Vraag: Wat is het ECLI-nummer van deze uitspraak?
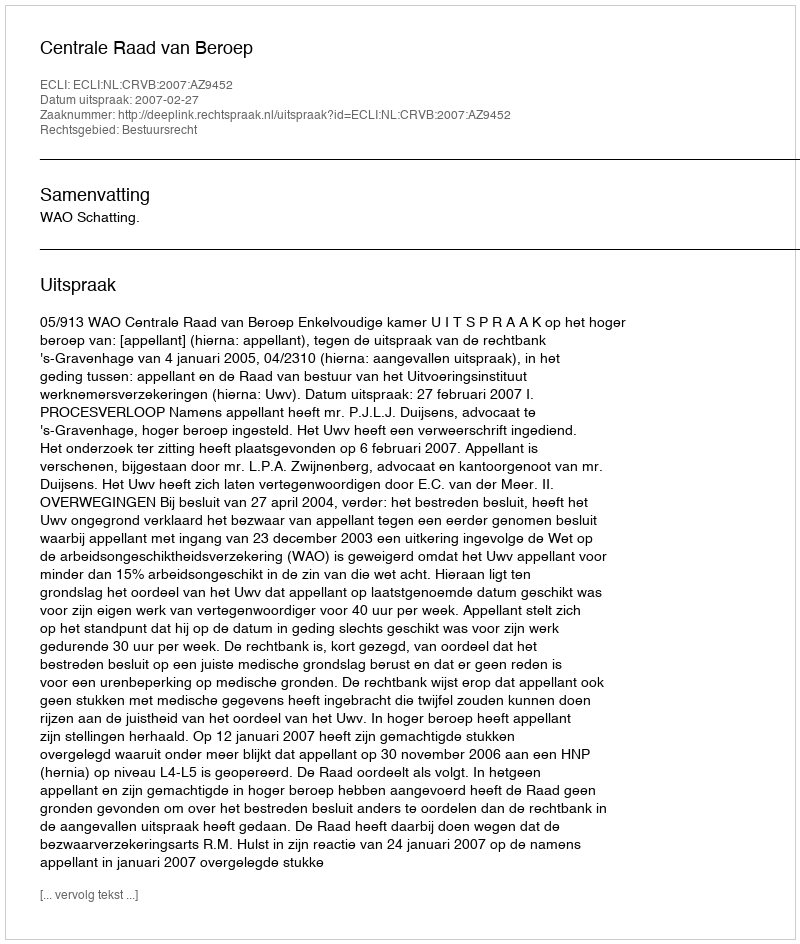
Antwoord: ECLI:NL:CRVB:2007:AZ9452